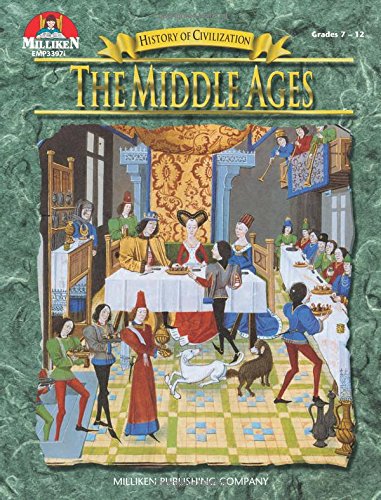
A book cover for The Middle Ages, Grades 7-12 (History of civilization); Tim McNeese; Children's Books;